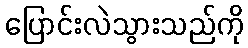
ပြောင်းလဲသွားသည်ကို